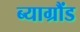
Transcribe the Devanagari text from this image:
ब्याग्रौंड